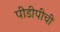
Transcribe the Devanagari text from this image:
पीडीपीची